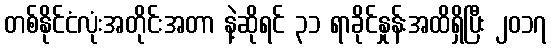
တစ်နိုင်ငံလုံးအတိုင်းအတာ နဲ့ဆိုရင် ၃၁ ရာခိုင်နှုန်းအထိရှိပြီး ၂၀၁၇